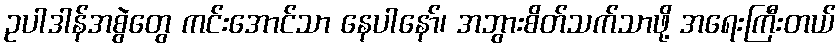
ဥပါဒါန်အစွဲတွေ ကင်းအောင်သာ နေပါနော်၊ အဘွားစိတ်သက်သာဖို့ အရေးကြီးတယ်